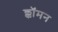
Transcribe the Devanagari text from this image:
क्कॉमन